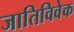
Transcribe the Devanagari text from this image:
जातिविवेक